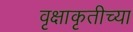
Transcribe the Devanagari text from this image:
वृक्षाकृतीच्या